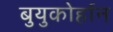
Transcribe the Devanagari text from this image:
बुयुकोर्हान